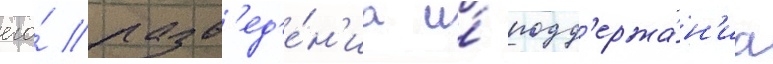
его́ разв'ед'е́н'иа и́ подд'ержа́н'иа